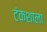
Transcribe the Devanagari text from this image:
टंकशाला